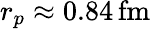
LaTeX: r_{p}\approx 0.84\, \mathrm{fm}